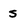
Character: S